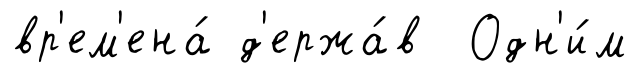
вр'ем'ена́ д'ержа́в Одн'и́м